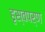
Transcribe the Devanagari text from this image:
हृस्वपर्ण